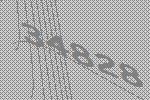
34828